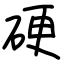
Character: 硬